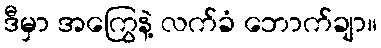
ဒီမှာ အကြွေနဲ့ လက်ခံ ဘောက်ချာ။